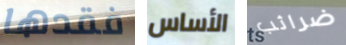
فقدها الأساس ضرائب